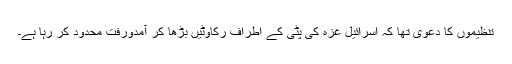
تنظیموں کا دعویٰ تھا کہ اسرائیل غزہ کی پٹی کے اطراف رکاوٹیں بڑھا کر آمدورفت محدود کر رہا ہے۔